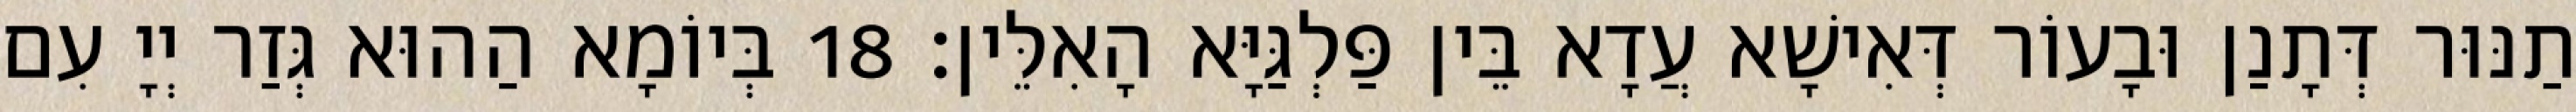
תַנּוּר דְּתָנַן וּבָעוֹר דְּאִישָׁא עֲדָא בֵּין פַּלְגַּיָּא הָאִלֵּין׃ 18 בְּיוֹמָא הַהוּא גְּזַר יְיָ עִם